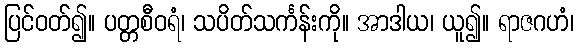
ပြင်ဝတ်၍။ ပတ္တစီဝရံ၊ သပိတ်သင်္ကန်းကို။ အာဒါယ၊ ယူ၍။ ရာဇဂဟံ၊